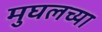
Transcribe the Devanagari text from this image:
मुघलच्या